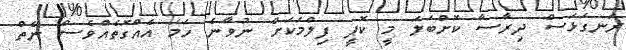
ރަނގަޅަސް ދިރާސާ ކޮށްބަލަ މީ ކޮޕީ ފިލްމަކަށް ނުވާނެ ހަމަ އެއްގޮތެއްވެސް ނެތް